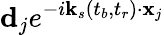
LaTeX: \mathbf{d}_{j}e^{-i\mathbf{k}_{s}\left(t_{b},t_{r}\right)\cdot\mathbf{x}_{j}}